system: You are a helpful assistant.
user:
Analyze the provided spectrum to determine if it is a **White Dwarf (WD)**.

A White Dwarf spectrum is defined by its **extreme purity** (due to gravitational settling) and/or **extreme pressure broadening** (due to high surface gravity). You must check for one of the following mutually exclusive signatures:

- **Key Visual Indicators (Check for ONE of these types):**

    - **1. DA-Type Signature (Most Common):**
        - **(Primary Feature):** Extreme pressure broadening (Stark broadening) of the **Hydrogen (H) Balmer lines**.
        - **(Key Lines):** $H\beta$ (approx. $4861$ Å) and $H\gamma$ (approx. $4340$ Å). $H\alpha$ (approx. $6563$ Å) will also be present if the wavelength range covers it.
        - **(Line Profile):** This is the **defining feature**. The lines are **NOT** sharp. They appear as massive, **extremely broad and deep "troughs" or "dips"** in the spectrum, often hundreds of Ångströms wide. The continuum will appear to "scoop" down at these wavelengths.
        - **(Distinction):** Normal A-type or B-type stars have *narrow* and *sharp* Hydrogen lines. A DA White Dwarf's lines are unmistakably "smeared" or "blurry" from pressure.

    - **2. DB-Type Signature:**
        - **(Primary Feature):** Broad absorption lines from **Neutral Helium (He I)**. The spectrum must lack any visible Hydrogen lines.
        - **(Key Lines):** Look for broad absorption near $4471$ Å, $4921$ Å, and $5876$ Å.
        - **(Line Profile):** These lines are also significantly pressure-broadened, appearing much wider than they would in a normal B-type main-sequence star.

    - **3. DC-Type Signature:**
        - **(Primary Feature):** A **featureless continuous spectrum**.
        - **(Line Profile):** The spectrum is a smooth curve with **no significant absorption or emission lines**.
        - **(Key Confirmation):** The continuum is almost always **blue or white**, indicating a hot object. This signature implies the atmosphere is so pure (or so cool) that no spectral lines are visible in the optical range. Its WD identity is confirmed by its extremely low intrinsic brightness (high absolute magnitude).

    - **4. DZ-Type Signature (Metal-Polluted):**
        - **(Primary Feature):** **Isolated, narrow metal absorption lines** on an otherwise featureless (DC-like) continuum.
        - **(Key Lines):** The **Calcium (Ca II) H & K doublet** (approx. **$3934$ Å** and **$3968$ Å**) is the most common and defining feature.
        - **(Line Profile):** These lines are "out of place." They are *not* part of a "forest" of thousands of lines. This signature is evidence of recent *accretion* (pollution) from rocky debris.
        - **(Distinction):** Normal G/K/M stars have a *dense forest* of thousands of metal lines. A DZ has a *clean* continuum with *only a few* strong metal lines.

    - **5. DQ-Type Signature (Carbon-Polluted):**
        - **(Primary Feature):** Absorption bands from **Carbon (C₂ "Swan Bands" or atomic C I)**.
        - **(Key Lines - C₂):** Look for bandheads with a "saw-tooth" shape near $5635$ Å, **$5165$ Å** (strongest), and $4737$ Å.
        - **(Key Confirmation):** The underlying **continuum must be blue or white** (hot).
        - **(Distinction):** This is the critical difference from a **Carbon Star**, which has the *exact same* C₂ bands but on an extremely **red, cool** continuum.

- **(Overall Spectrum):**
    - The continuum (overall shape) is typically **blue-sloping** (brighter in the blue than the red), as most white dwarfs are very hot.
    - The spectrum will look "pure" or "simple," dominated by only *one* of the five signatures listed above.

Think first, call **spectral_visualization_tool** if needed to examine features in detail, then provide your final answer. Your response must adhere to the following strict rules:
1.  **Overall Structure:** Your response must follow the format `<think>...</think> <tool_call>...</tool_call> (if a tool is used) <answer>...</answer>`.
2.  **Tool Usage Constraint:** You may only make **one** tool call per turn.
3.  **Final Answer Format:** In the `<answer>` tag, your conclusion must be inside a `\boxed{}` command (e.g., `\boxed{YES}` or `\boxed{NO}`), followed by your justification.

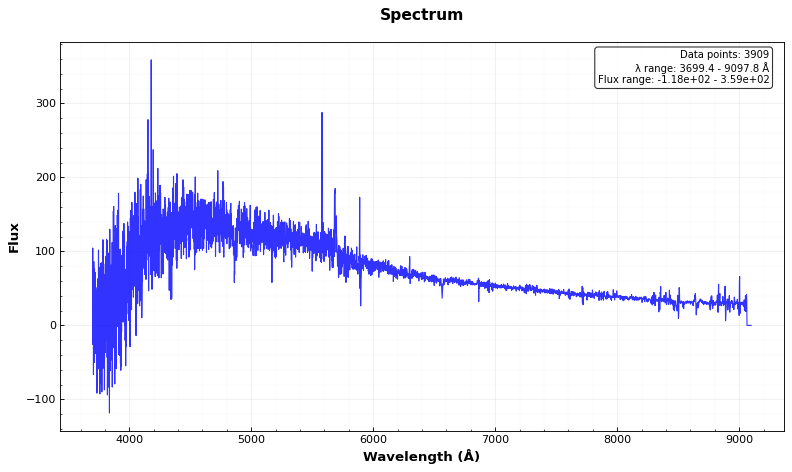
Answer: NO